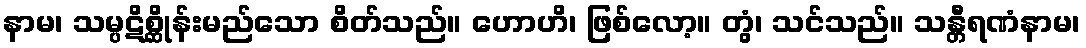
နာမ၊ သမ္ပဋိစ္ဆိုန်းမည်သော စိတ်သည်။ ဟောဟိ၊ ဖြစ်လော့။ တွံ၊ သင်သည်။ သန္တီရဏံနာမ၊